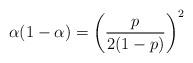
LaTeX: \begin{align*}\alpha(1-\alpha)=\left(\frac{p}{2(1-p)}\right)^2\end{align*}